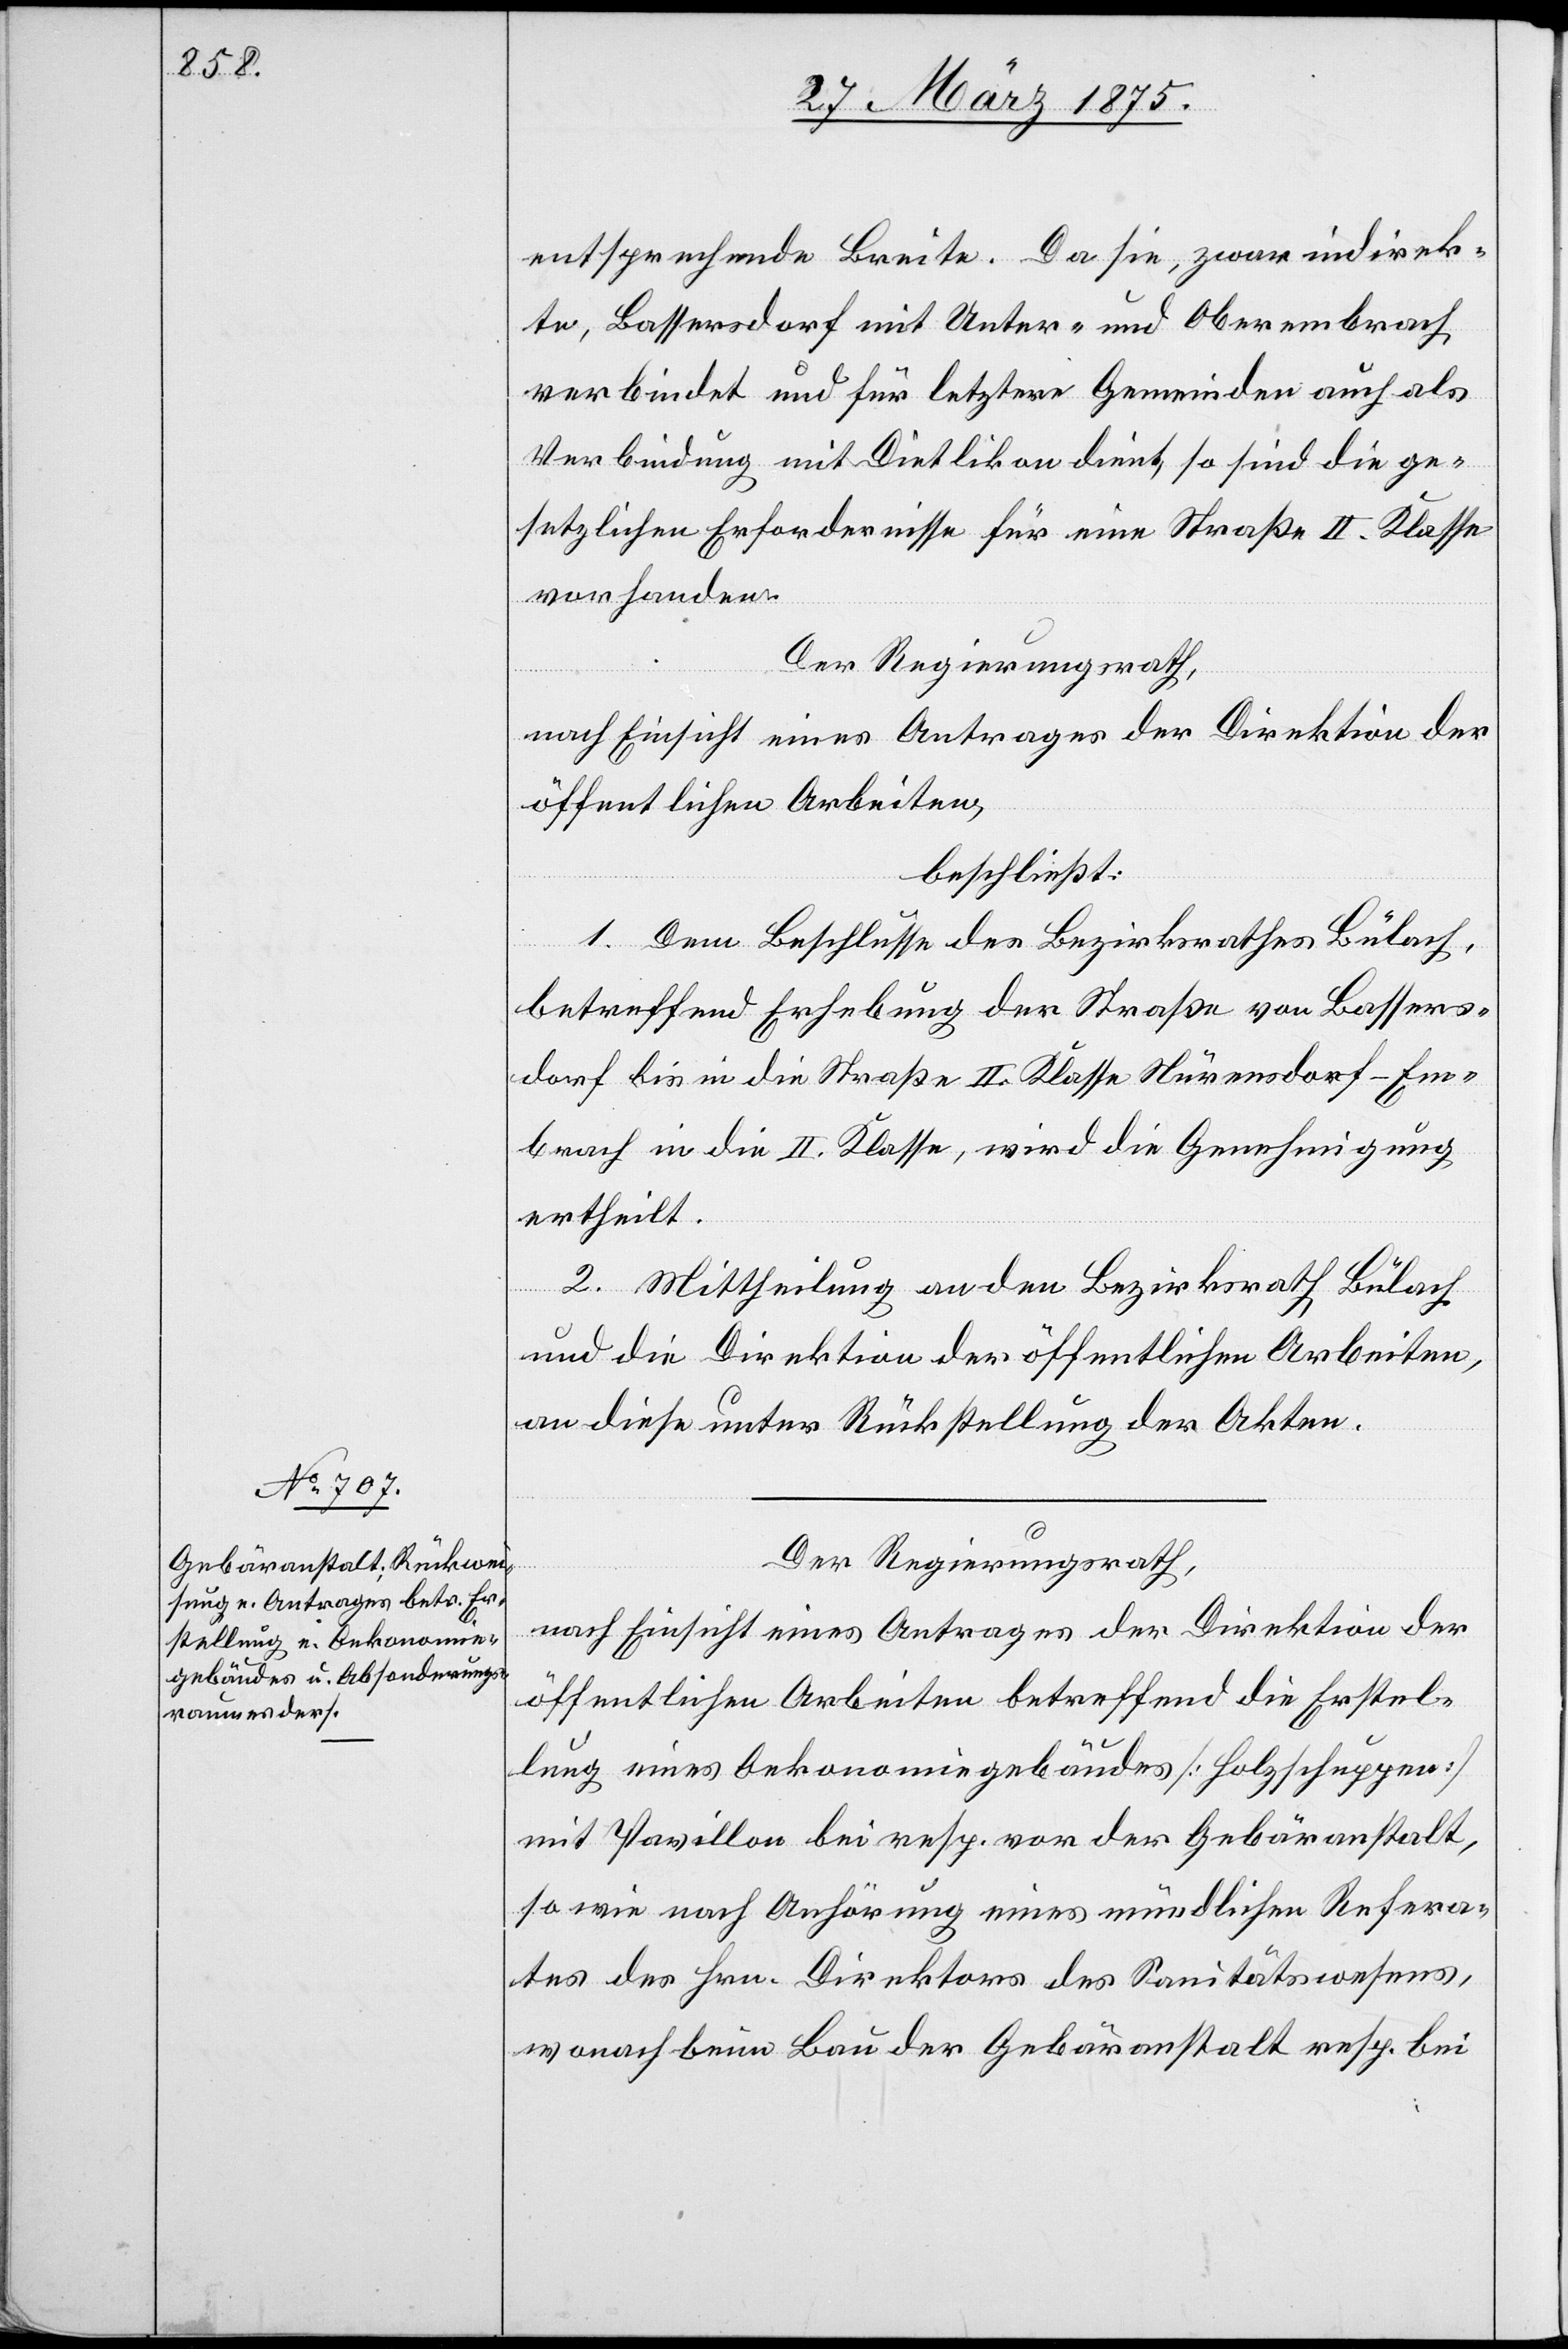
entsprechende Breite. Da sie, zwar indirek¬
te, Bassersdorf mit Unter- und Oberembrach
verbindet und für letztere Gemeinden auch als
Verbindung mit Dietlikon dient, so sind die ge¬
setzlichen Erfordernisse für eine Straße II. Klasse
vorhanden.
Der Regierungsrath,
nach Einsicht eines Antrages der Direktion der
öffentlichen Arbeiten,
beschließt:
1. Dem Beschlusse des Bezirksrathes Bülach,
betreffend Erhebung der Straße von Bassers¬
dorf bis in die Straße II. Klasse Nürensdorf–Em¬
brach in die II. Klasse, wird die Genehmigung
ertheilt.
2. Mittheilung an den Bezirksrath Bülach
und die Direktion der öffentlichen Arbeiten,
an diese unter Rückstellung der Akten.
Der Regierungsrath,
nach Einsicht eines Antrages der Direktion der
öffentlichen Arbeiten betreffend die Erstel¬
lung eines Oekonomiegebäudes [Holzschuppen]
mit Pavillon bei resp. vor der Gebäranstalt,
so wie nach Anhörung eines mündlichen Refera¬
tes des Hrn. Direktors des Sanitätswesens,
wonach beim Bau der Gebäranstalt resp. bei